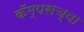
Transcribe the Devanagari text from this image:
कॅम्पसच्या